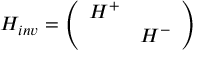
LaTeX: H _ { i n v } = \left( \begin{array} { c c } { { H ^ { + } } } & { { \mathrm { } } } \\ { { \mathrm { } } } & { { H ^ { - } } } \end{array} \right)